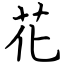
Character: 花